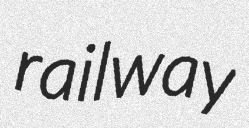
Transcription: railway